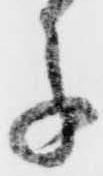
子